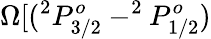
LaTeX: \Omega[(^{2}P_{3/2}^{o}-^{2}P_{1/2}^{o})